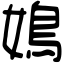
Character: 𡡅